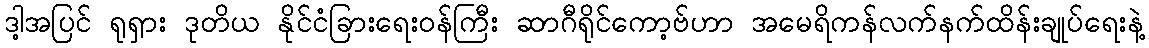
ဒါ့အပြင် ရုရှား ဒုတိယ နိုင်ငံခြားရေးဝန်ကြီး ဆာဂီရိုင်ကော့ဗ်ဟာ အမေရိကန်လက်နက်ထိန်းချုပ်ရေးနဲ့